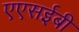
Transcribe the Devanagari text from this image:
एएसईबी